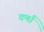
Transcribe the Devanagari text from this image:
वर्णां